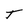
Character: T